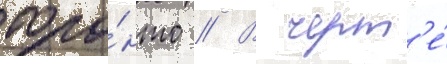
торо́нто // В черт'е́